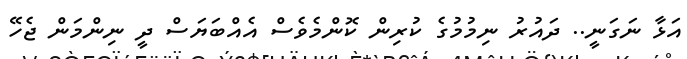
އަޅާ ނަގަނީ.. ދައުރު ނިމުމުގެ ކުރިން ކޮންމެވެސް އެއްބަޔަސް ދީ ނިންމަން ޖެހޭ